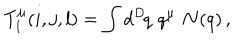
T _ { 1 } ^ { \mu } ( i , j , l ) = \int d ^ { D } \! q \, \, q ^ { \mu } \, \, { \bf N } ( q ) \, ,